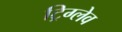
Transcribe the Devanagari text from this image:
ट्रिग्लेव